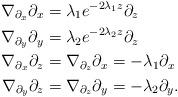
LaTeX: \begin{align*}\nabla_{\partial_x} \partial_x&=\lambda_1 e^{-2\lambda_1 z}\partial_z\\\nabla_{\partial_y} \partial_y&=\lambda_2 e^{-2\lambda_2 z}\partial_z\\\nabla_{\partial_x} \partial_z&=\nabla_{\partial_z} \partial_x=-\lambda_1 \partial_x\\\nabla_{\partial_y} \partial_z&=\nabla_{\partial_z} \partial_y=-\lambda_2 \partial_y.\end{align*}